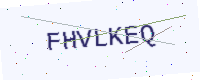
Text: FHVLKEQ